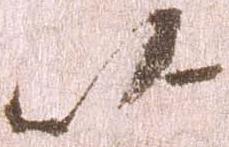
以